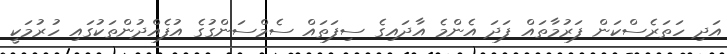
އަދި ހަތަރެސްކަން ފަރުމާތައް ފަދަ އެންމެ އާދައިގެ ސިފަތައް ސެމްސަންގުގެ އުފެއްދުންތަކުގައި ހުރުމަކީ